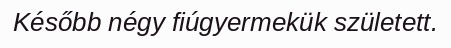
Később négy fiúgyermekük született.